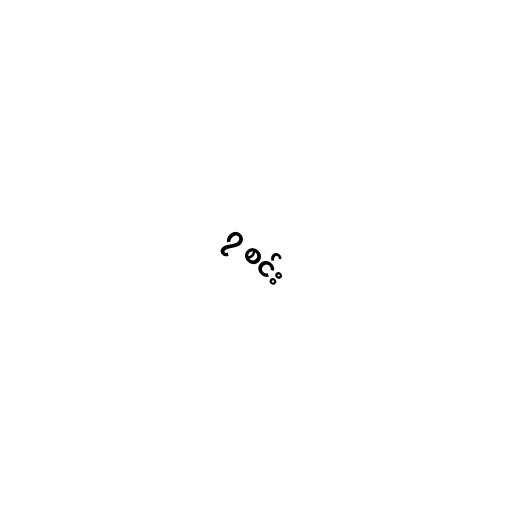
၇ စင်း